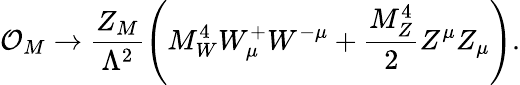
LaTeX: {\cal O}_{M}\rightarrow\frac{Z_{M}}{\Lambda^{2}}\left(M_{W}^{4}W_{\mu}^{+}W^{-\mu}+\frac{M_{Z}^{4}}{2}Z^{\mu}Z_{\mu}\right).